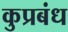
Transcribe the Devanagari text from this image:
कुप्रबंध